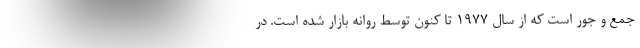
جمع و جور است که از سال 1977 تا کنون توسط روانه بازار شده است. در